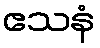
ဧသနံ